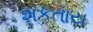
શકતાય